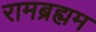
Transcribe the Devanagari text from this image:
रामब्रह्मम